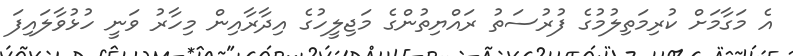
އެ މަގާމަށް ކުރިމަތިލުމުގެ ފުރުސަތު ރައްޔިތުންގެ މަޖިލީހުގެ އިދާރާއިން މިހާރު ވަނީ ހުޅުވާލައިފަ